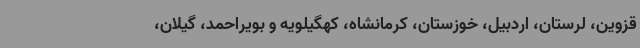
قزوین، لرستان، اردبیل، خوزستان، کرمانشاه، کهگیلویه و بویراحمد، گیلان،